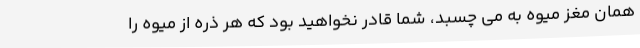
همان مغز میوه به می چسبد، شما قادر نخواهید بود که هر ذره از میوه را